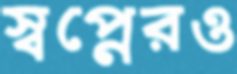
স্বপ্নেরও